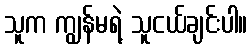
သူက ကျွန်မရဲ့ သူငယ်ချင်းပါ။